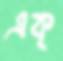
এক্